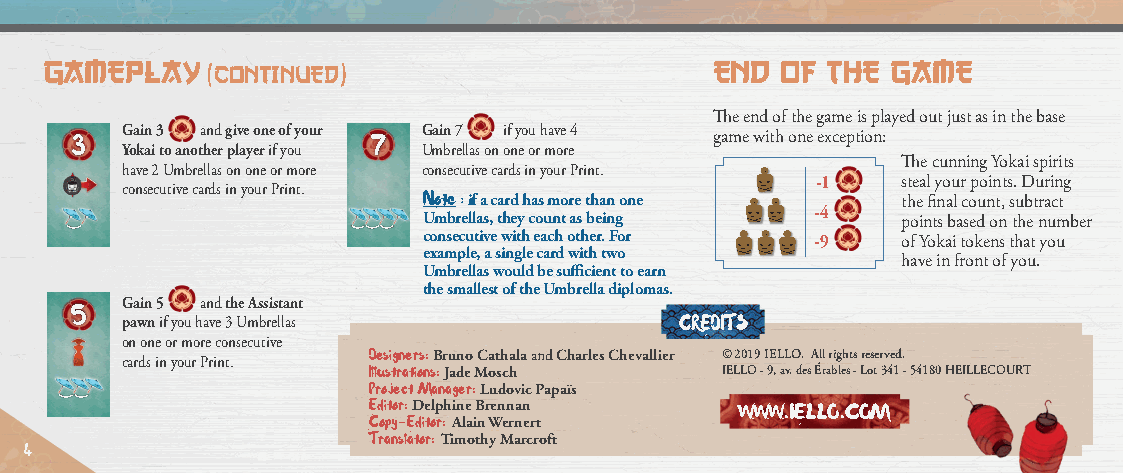
GAMEPLAY                                    END  OF THE GAME
 (CONTINUED)
 The end of the game is played out just as in the base
 3  Gain 3 and give one of your 7 Gain 7 if you have 4 game with one exception:
 Yokai to another player if you Umbrellas on one or more
 The cunning Yokai spirits
 have 2 Umbrellas on one or more consecutive cards in your Print.
 -1    steal your points. During
 consecutive cards in your Print.
 Note : if a card has more than one the final count, subtract
 Umbrellas, they count as being
 -4
 points based on the number
 consecutive with each other. For -9 of Yokai tokens that you
 example, a single card with two
 have in front of you.
 Umbrellas would be sufficient to earn
 the smallest of the Umbrella diplomas.
 5
 Gain 5 and the Assistant
 pawn if you have 3 Umbrellas         CREDITS
 on one or more consecutive
 cards in your Print. Designers: Bruno Cathala and Charles Chevallier © 2019 IELLO. All rights reserved.
 Illustrations: Jade Mosch IELLO - 9, av. des Érables - Lot 341 - 54180 HEILLECOURT
 Project Manager: Ludovic Papaïs
 Editor: Delphine Brennan WWW•IELLO•COM
 Copy-Editor: Alain Wernert
 Translator: Timothy Marcroft
 4